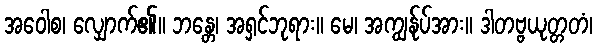
အဝေါစ၊ လျှောက်၏။ ဘန္တေ၊ အရှင်ဘုရား။ မေ၊ အကျွန်ုပ်အား။ ဒါတဗ္ဗယုတ္တတံ၊